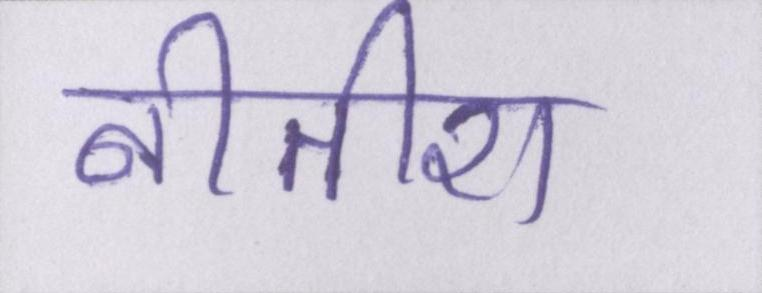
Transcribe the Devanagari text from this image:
नीतीश